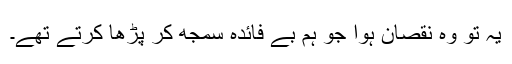
یہ تو وہ نقصان ہوا جو ہم بے فائدہ سمجھ کر پڑھا کرتے تھے۔